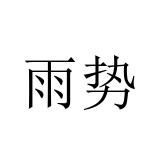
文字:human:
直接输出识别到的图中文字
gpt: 雨势